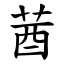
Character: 莤